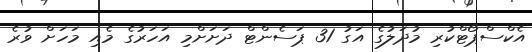
އެކްސްޕޯޓްކުރި މުދަލުގެ އަގު 31 ޕަސެންޓް ދަށަށްމި އަހަރުގެ މެއި މަހަށް ވުރެ